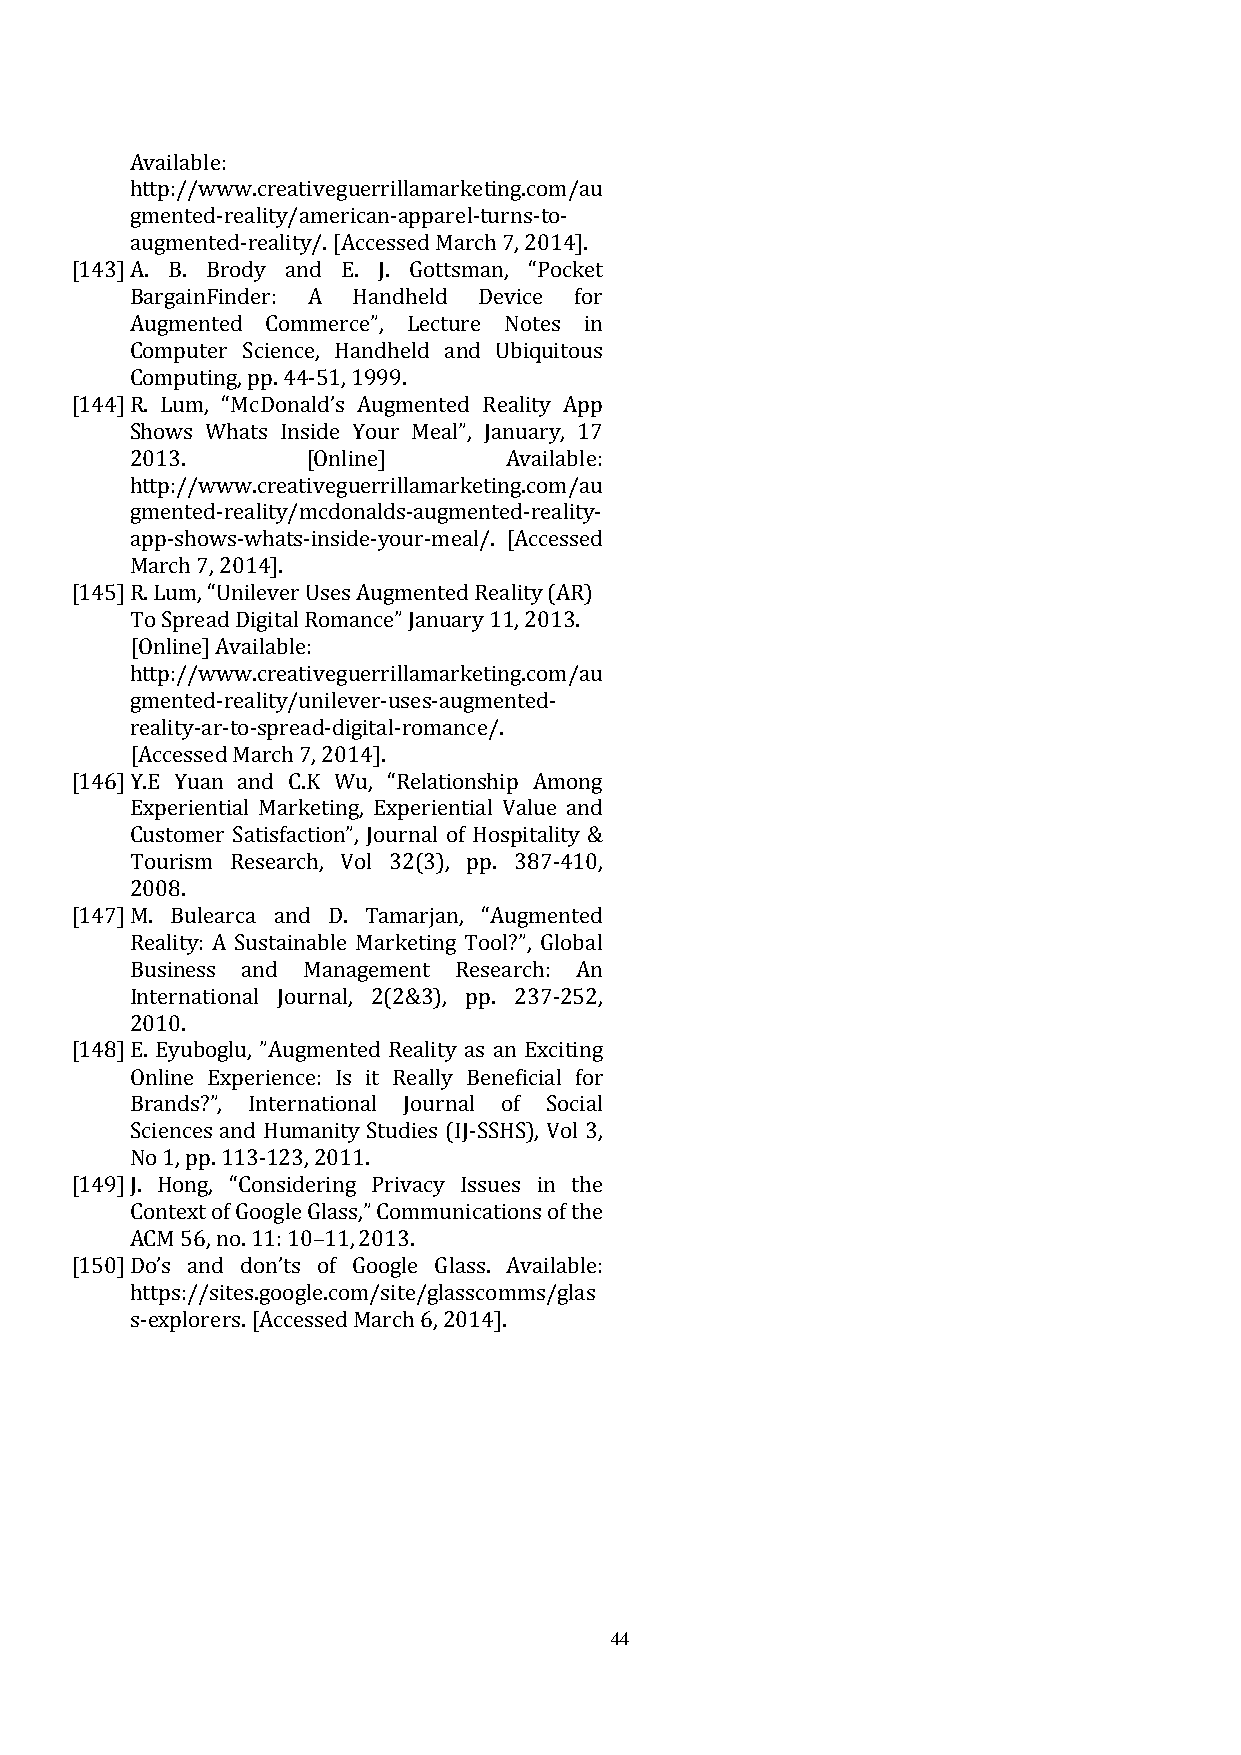
Available:
 http://www.creativeguerrillamarketing.com/au
 gmented-reality/american-apparel-turns-to-
 augmented-reality/. [Accessed March 7, 2014].
 [143] A. B. Brody and E. J. Gottsman, “Pocket
 BargainFinder: A Handheld Device for
 Augmented Commerce”, Lecture Notes in
 Computer Science, Handheld and Ubiquitous
 Computing, pp. 44-51, 1999.
 [144] R. Lum, “McDonald’s Augmented Reality App
 Shows Whats Inside Your Meal”, January, 17
 2013.      [Online]     Available:
 http://www.creativeguerrillamarketing.com/au
 gmented-reality/mcdonalds-augmented-reality-
 app-shows-whats-inside-your-meal/. [Accessed
 March 7, 2014].
 [145] R. Lum, “Unilever Uses Augmented Reality (AR)
 To Spread Digital Romance” January 11, 2013.
 [Online] Available:
 http://www.creativeguerrillamarketing.com/au
 gmented-reality/unilever-uses-augmented-
 reality-ar-to-spread-digital-romance/.
 [Accessed March 7, 2014].
 [146] Y.E Yuan and C.K Wu, “Relationship Among
 Experiential Marketing, Experiential Value and
 Customer Satisfaction”, Journal of Hospitality &
 Tourism Research, Vol 32(3), pp. 387-410,
 2008.
 [147] M. Bulearca and D. Tamarjan, “Augmented
 Reality: A Sustainable Marketing Tool?”, Global
 Business and Management Research: An
 International Journal, 2(2&3), pp. 237-252,
 2010.
 [148] E. Eyuboglu, ”Augmented Reality as an Exciting
 Online Experience: Is it Really Beneficial for
 Brands?”, International Journal of Social
 Sciences and Humanity Studies (IJ-SSHS), Vol 3,
 No 1, pp. 113-123, 2011.
 [149] J. Hong, “Considering Privacy Issues in the
 Context of Google Glass,” Communications of the
 ACM 56, no. 11: 10–11, 2013.
 [150] Do’s and don’ts of Google Glass. Available:
 https://sites.google.com/site/glasscomms/glas
 s-explorers. [Accessed March 6, 2014].
 44